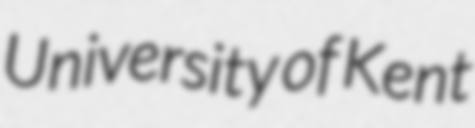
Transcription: University of Kent